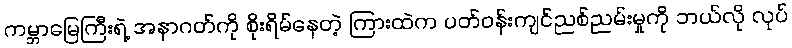
ကမ္ဘာမြေကြီးရဲ့ အနာဂတ်ကို စိုးရိမ်နေတဲ့ ကြားထဲက ပတ်ဝန်းကျင်ညစ်ညမ်းမှုကို ဘယ်လို လုပ်